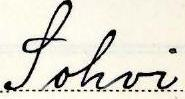
Sohvi